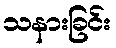
သနားခြင်း